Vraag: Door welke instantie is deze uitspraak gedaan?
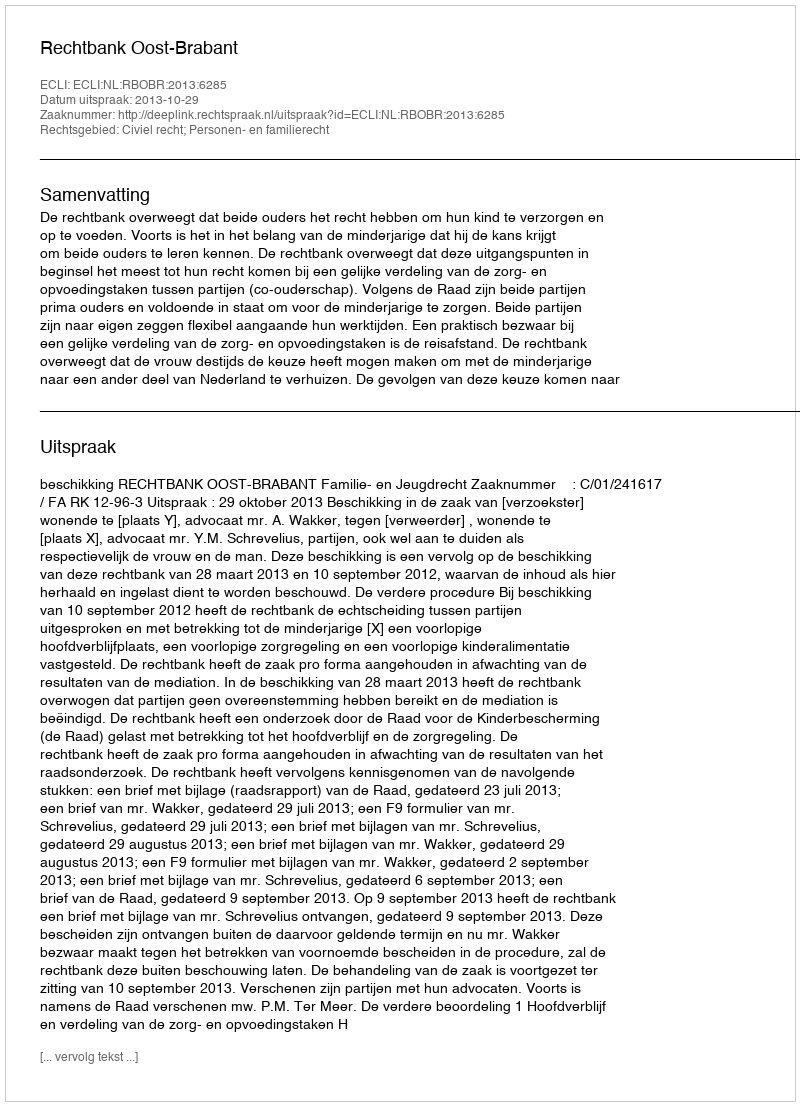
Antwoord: Rechtbank Oost-Brabant